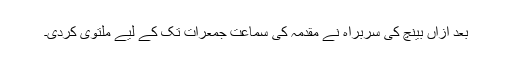
بعد ازاں بینچ کی سربراہ نے مقدمہ کی سماعت جمعرات تک کے لیے ملتوی کردی۔